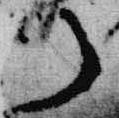
了